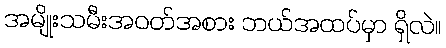
အမျိုးသမီးအဝတ်အစား ဘယ်အထပ်မှာ ရှိလဲ။